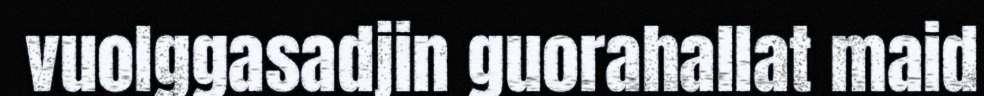
vuolggasadjin guorahallat maid